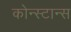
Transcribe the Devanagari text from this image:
कोन्स्टान्स